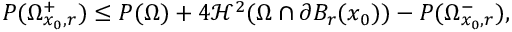
P ( \Omega _ { x _ { 0 } , r } ^ { + } ) \leq P ( \Omega ) + 4 \mathcal { H } ^ { 2 } ( \Omega \cap \partial B _ { r } ( x _ { 0 } ) ) - P ( \Omega _ { x _ { 0 } , r } ^ { - } ) ,